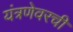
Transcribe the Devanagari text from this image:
यंत्रणेवरची